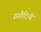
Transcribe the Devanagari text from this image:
स्पगैटिनी